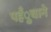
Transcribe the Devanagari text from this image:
पहँुचाने